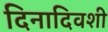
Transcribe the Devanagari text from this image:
दिनादिवशी